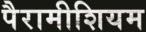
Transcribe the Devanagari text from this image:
पैरामीशियम